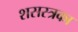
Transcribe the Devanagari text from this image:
शसस्त्रका